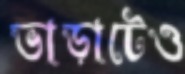
ভাড়াটেও